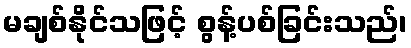
မချစ်နိုင်သဖြင့် စွန့်ပစ်ခြင်းသည်၊